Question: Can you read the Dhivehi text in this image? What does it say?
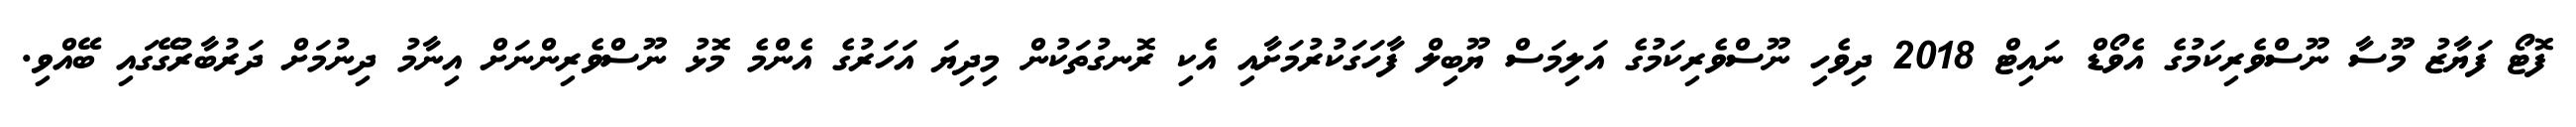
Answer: ފޮޓޯ ފަޔާޒު މޫސާ ނޫސްވެރިކަމުގެ އެވޯޑް ނައިޓް 2018 ދިވެހި ނޫސްވެރިކަމުގެ އަލިމަސް ޔޫބިލް ފާހަގަކުރުމަށާއި އެކި ރޮނގުތަކުން މިދިޔަ އަހަރުގެ އެންމެ މޮޅު ނޫސްވެރިންނަށް އިނާމު ދިނުމަށް ދަރުބާރުގޭގައި ބޭއްވި.